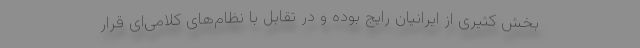
بخش کثیری از ایرانیان رایج بوده و در تقابل با نظام‌های کلامی‌ای قرار